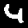
Label: 4